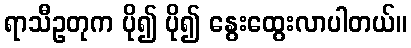
ရာသီဥတုက ပို၍ ပို၍ နွေးထွေးလာပါတယ်။